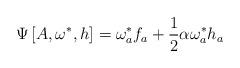
LaTeX: \begin{align*}\Psi\left[A,\omega^{*},h\right]=\omega^{*}_a f_a+\frac{1}{2}\alpha\omega^{*}_a h_a\end{align*}